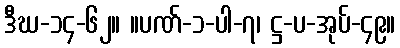
ဒီဃ-၁၄-၆၂။ ။ပဏ်-၁-ပါ-၇၊ ဋ္ဌ-ပ-အုပ်-၄၉။